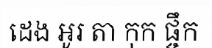
ដេង អូរ តា កុក ផ្ចឹក